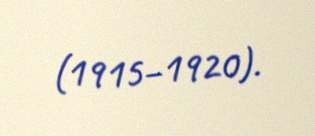
(1915–1920).